Report of the Indian Hemp Drugs Commission, 1894-1895 - Volume V
Year: 1894
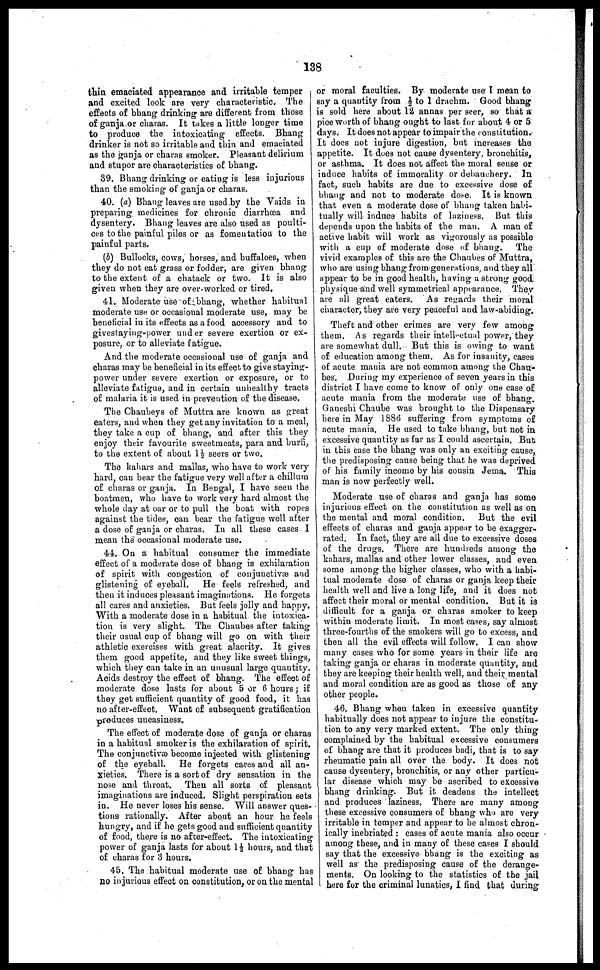
138
thin emaciated appearance and irritable temper
and excited look are very characteristic. The
effects of bhang drinking are different from those
of ganja or charas. It takes a little longer time
to produce the intoxicating effects. Bhang
drinker is not so irritable and thin and emaciated
as the ganja or charas smoker. Pleasant delirium
and stupor are characteristics of bhang.
39. Bhang drinking or eating is less injurious
than the smoking of ganja or charas.
40. (a) Bhang leaves are used by the Vaids in
preparing medicines for chronic diarrhœa and
dysentery. Bhang leaves are also used as poulti-
ces to the painful piles or as fomentation to the
painful parts.
(5) Bullocks, cows, horses, and buffaloes, when
they do not eat grass or fodder, are given bhang
to the extent of a chatack or two. It is also
given when they are over-worked or tired,
41. Moderate use of bhang, whether habitual
moderate use or occasional moderate use, may be
beneficial in its effects as a food accessory and to
givestaying-power und er severe exertion or ex-
posure, or to alleviate fatigue.
And the moderate occasional use of ganja and
charas may be beneficial in its effect to give staying-
power under severe exertion or exposure, or to
alleviate fatigue, and in certain unhealthy tracts
of malaria it is used in prevention of the disease.
The Chaubeys of Muttra are known as great
eaters, and when they get any invitation to a meal,
they take a cup of bhang, and after this they
enjoy their favourite sweetmeats, para and burfi,
to the extent of about 1½ seers or two.
The kahars and mallas, who have to work very
hard, can bear the fatigue very well after a chillum
of charas or ganja. In Bengal, I have seen the
boatmen, who have to work very hard almost the
whole day at oar or to pull the boat with ropes
against the tides, can bear the fatigue well after
a dose of ganja or charas. In all these cases I
mean the occasional moderate use.
44. On a habitual consumer the immediate
effect of a moderate dose of bhang is exhilaration
of spirit with congestion of conjunctivæ and
glistening of eyeball. He feels refreshed, and
then it induces pleasant imaginations. He forgets
all cares and anxieties. But feels jolly and happy.
With a moderate dose in a habitual the intoxica-
tion is very slight. The Chaubes after taking
their usual cup of bhang will go on with their
athletic exercises with great alacrity. It gives
them good appetite, and they like sweet things,
which they can take in an unusual large quantity.
Acids destroy the effect of bhang. The effect of
moderate dose lasts for about 5 or 6 hours; if
they get sufficient quantity of good food, it has
no after-effect. Want of subsequent gratification
produces uneasiness.
The effect of moderate dose of ganja or charas
in a habitual smoker is the exhilaration of spirit.
The conjunctivæ become injected with glistening
of the eyeball. He forgets cares and all an-
xieties. There is a sort of dry sensation in the
nose and throat. Then all sorts of pleasant
imaginations are induced. Slight perspiration sets
in. He never loses his sense. Will answer ques-
tions rationally. After about an hour he feels
hungry, and if he gets good and sufficient quantity
of food, there is no after-effect. The intoxicating
power of ganja lasts for about 1½ hours, and that
of charas for 3 hours.
45. The habitual moderate use of bhang has
no injurious effect on constitution, or on the mental
or moral faculties. By moderate use I mean to
say a quautity from ½ to 1 drachm. Good bhang
is sold here about 12 annas per seer, so that a
pice worth of bhang ought to last for about 4 or 5
days. It does not appear to impair the constitution.
It does not injure digestion, but increases the
appetite. It does not cause dysentery, bronchitis,
or asthma. It does not affect the moral sense or
induce habits of immorality or debauchery. In
fact, such habits are due to excessive dose of
bhang and not to moderate dose. It is known
that even a moderate dose of bhang taken habi-
tually will induce habits of laziness. But this
depends upon the habits of the man. A man of
active habit will work as vigorously as possible
with a cup of moderate dose of bhang. The
vivid examples of this are the Chaubes of Muttra,
who are using bhang from generations and they all
appear to be in good health, having a strong good
physique and well symmetrical appearance. They
are all great eaters. As regards their moral
character, they are very peaceful and law-abiding.
Theft and other crimes are very few among
them. As regards their intellectual power, they
are somewhat dull. But this is owing to want
of education among them. As for insanity, cases
of acute mania are not common among the Chau-
bes. During my experience of seven years in this
district I have come to know of only one case of
acute mania from the moderate use of bhang.
Ganeshi Chaube was brought to the Dispensary
here in May 1886 suffering from symptoms of
acute mania. He used to take bhang, but not in
excessive quantity as far as I could ascertain. But
in this case the bhang was only an exciting cause,
the predisposing cause being that he was deprived
of his family income by his cousin Jema. This
man is now perfectly well.
Moderate use of charas and ganja has some
injurious effect on the constitution as well as on
the mental and moral condition. But the evil
effects of charas and ganja appear to be exagger-
--ted. In fact, they are all due to excessive doses
of the drugs. There are hundreds among the
kahars, mallas and other lower classes, and even
some among the higher classes, who with a habi-
tual moderate dose of charas or ganja keep their
health well and live a long life, and it does not
affect their moral or mental condition. But it is
difficult for a ganja or charas smoker to keep
within moderate limit. In most cases, say almost
three-fourths of the smokers will go to excess, and
then all the evil effects will follow. I can show
many cases who for some years in their life are
taking ganja or charas in moderate quantity, and
they are keeping their health well, and their mental
and moral condition are as good as those of any
other people.
46. Bhang when taken in excessive quantity
habitually does not appear to iujure the constitu-
tion to any very marked extent. The only thing
complained by the habitual excessive cousumers
of bhang are that it produces badi, that is to say
rheumatic pain all over the body. It does not
cause dysentery, bronchitis, or any other particu-
lar disease which may be ascribed to excessive
bhang drinking. But it deadens the intellect
and produces laziness. There are many among
these excessive consumers of bhang who are very
irritable in temper and appear to be almost chron-
ically inebriated: cases of acute mania also occur
among these, and in many of these ca?es I should
say that the excessive bhang is the exciting as
well as the predisposing cause of the derange-
ments. On looking to the statistics of the jail
here for the criminal lunatics, I find that during